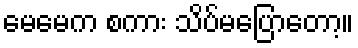
မေမေက စကား သိပ်မပြောတော့။